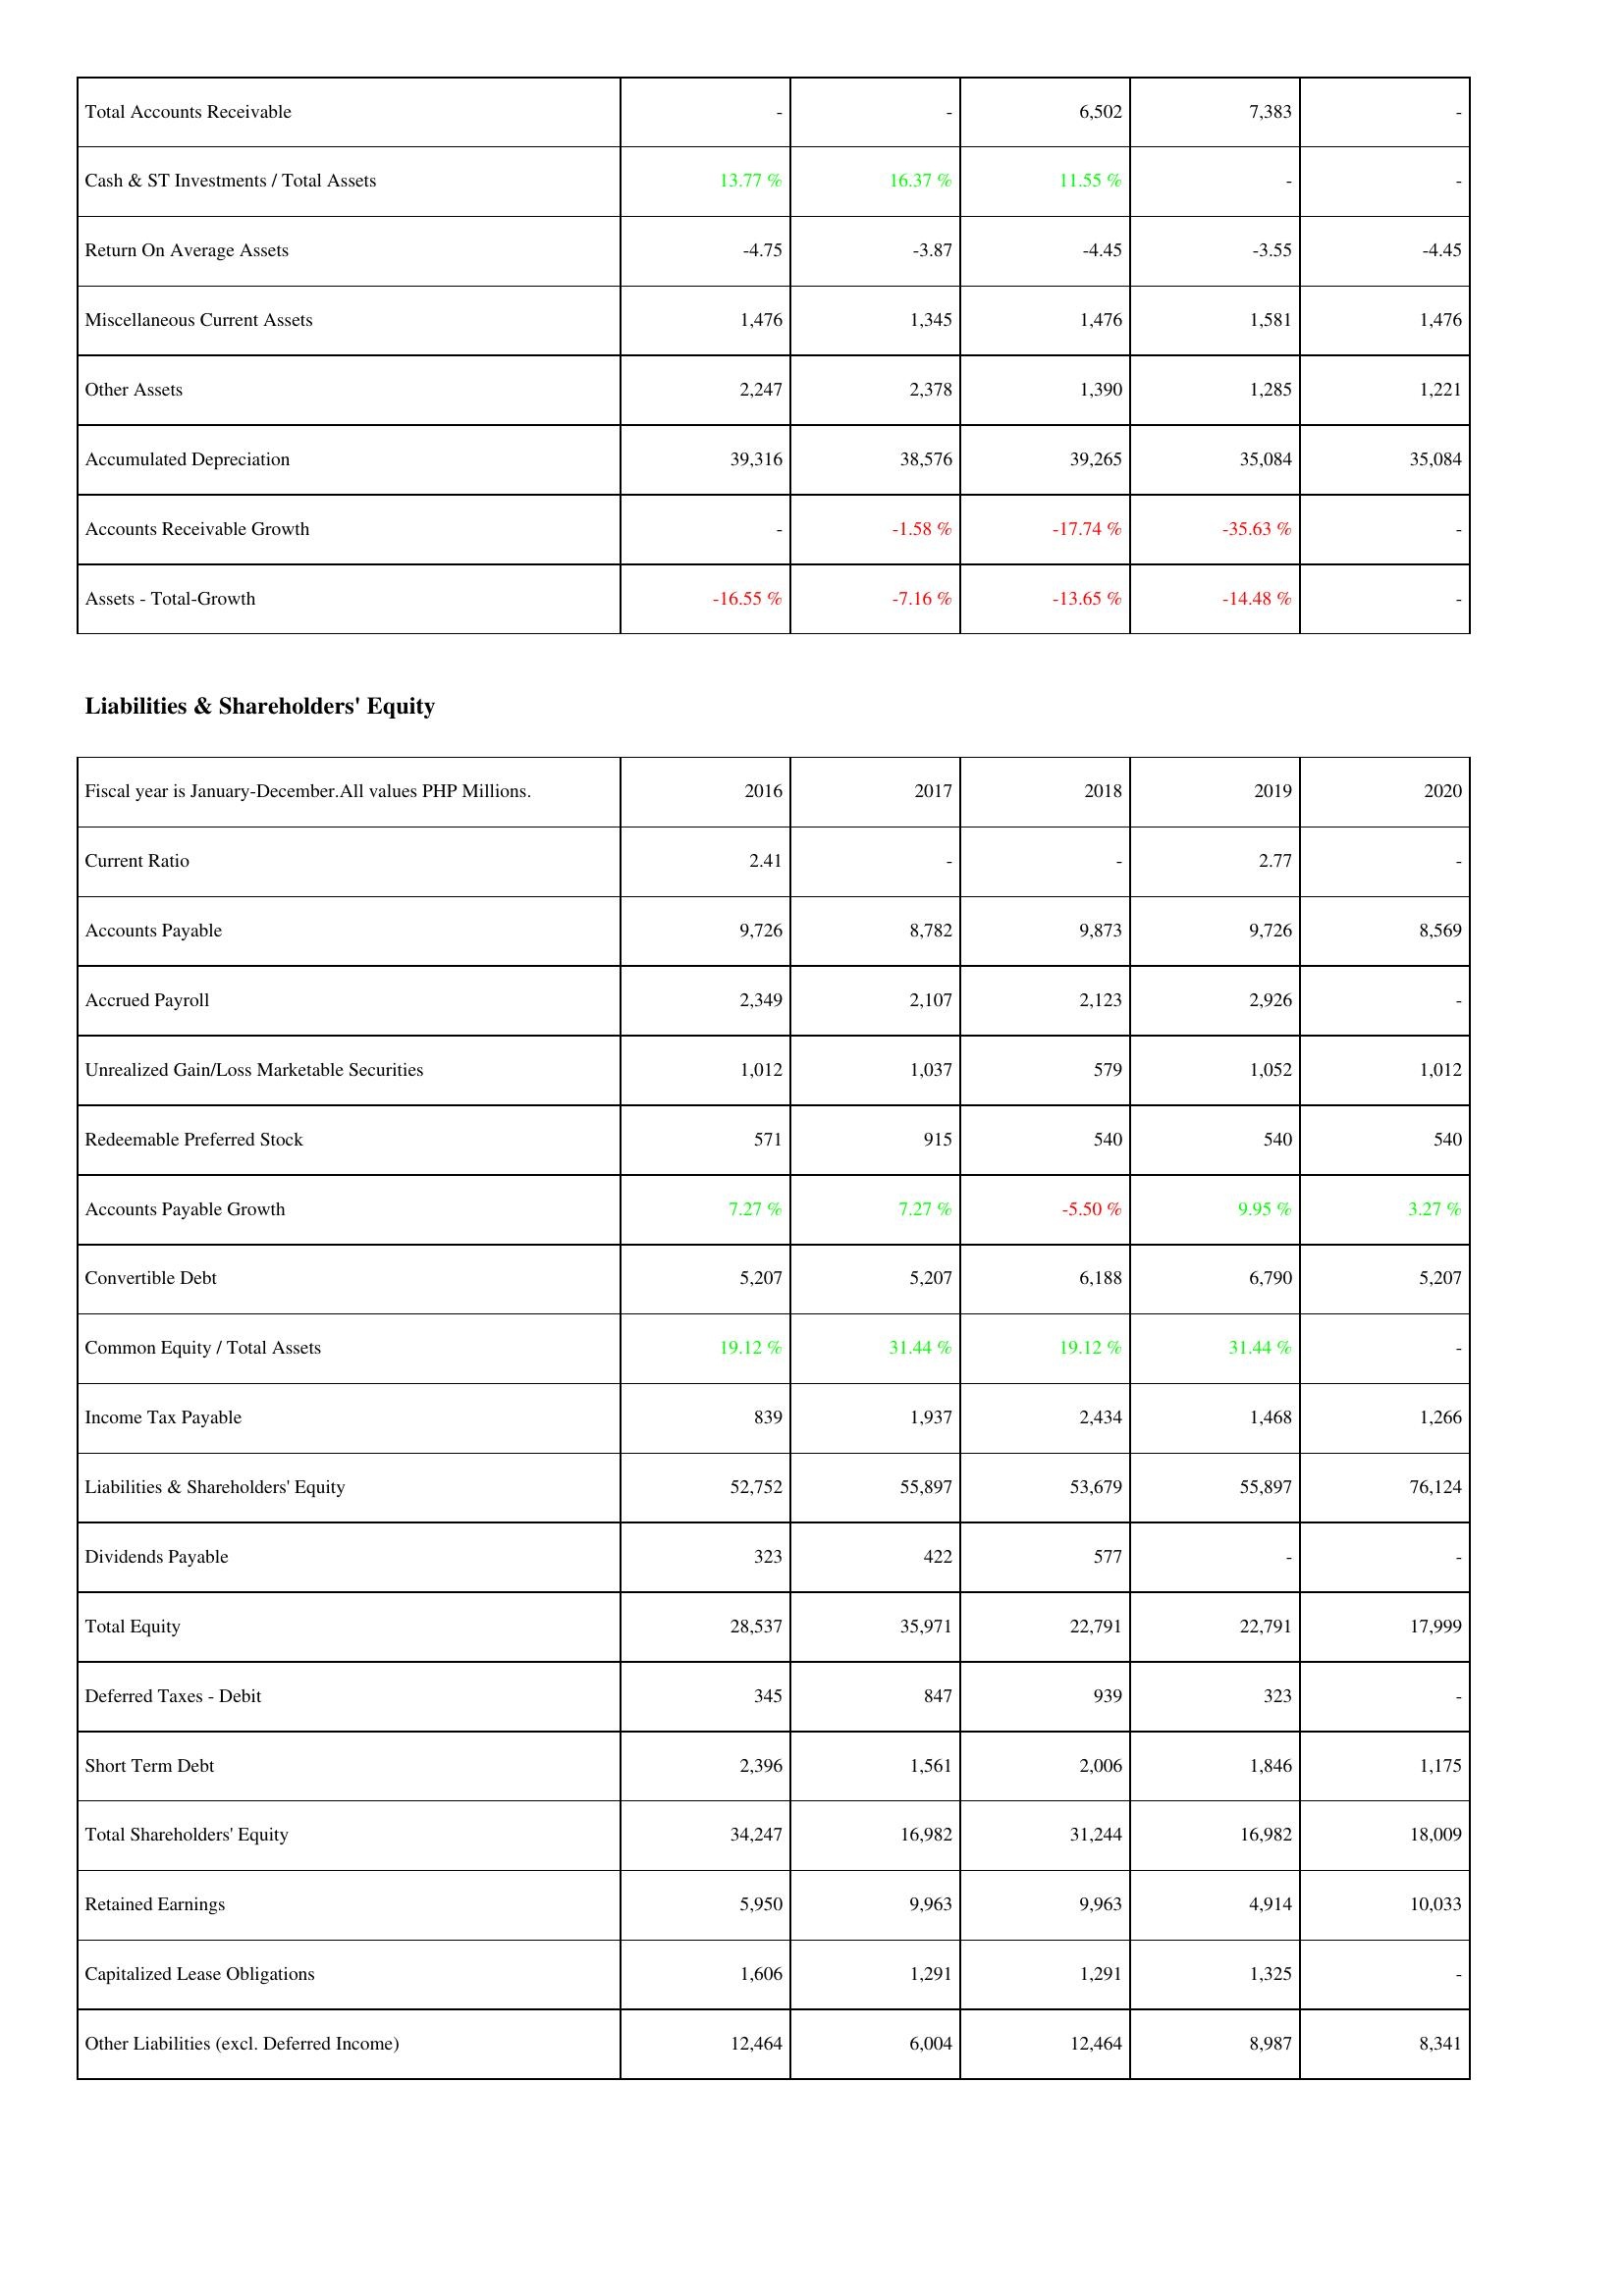
2016: Assets: Total Accounts Receivable: -
Cash & ST Investments / Total Assets: 13.77 %
Return On Average Assets: -4.75
Miscellaneous Current Assets: 1,476
Other Assets: 2,247
Accumulated Depreciation: 39,316
Accounts Receivable Growth: -
Assets - Total-Growth: -16.55 %
Liabilities & Shareholders' Equity: Current Ratio: 2.41
Accounts Payable: 9,726
Accrued Payroll: 2,349
Unrealized Gain/Loss Marketable Securities: 1,012
Redeemable Preferred Stock: 571
Accounts Payable Growth: 7.27 %
Convertible Debt: 5,207
Common Equity / Total Assets: 19.12 %
Income Tax Payable: 839
Liabilities & Shareholders' Equity: 52,752
Dividends Payable: 323
Total Equity: 28,537
Deferred Taxes - Debit: 345
Short Term Debt: 2,396
Total Shareholders' Equity: 34,247
Retained Earnings: 5,950
Capitalized Lease Obligations: 1,606
Other Liabilities (excl. Deferred Income): 12,464
2017: Assets: Total Accounts Receivable: -
Cash & ST Investments / Total Assets: 16.37 %
Return On Average Assets: -3.87
Miscellaneous Current Assets: 1,345
Other Assets: 2,378
Accumulated Depreciation: 38,576
Accounts Receivable Growth: -1.58 %
Assets - Total-Growth: -7.16 %
Liabilities & Shareholders' Equity: Current Ratio: -
Accounts Payable: 8,782
Accrued Payroll: 2,107
Unrealized Gain/Loss Marketable Securities: 1,037
Redeemable Preferred Stock: 915
Accounts Payable Growth: 7.27 %
Convertible Debt: 5,207
Common Equity / Total Assets: 31.44 %
Income Tax Payable: 1,937
Liabilities & Shareholders' Equity: 55,897
Dividends Payable: 422
Total Equity: 35,971
Deferred Taxes - Debit: 847
Short Term Debt: 1,561
Total Shareholders' Equity: 16,982
Retained Earnings: 9,963
Capitalized Lease Obligations: 1,291
Other Liabilities (excl. Deferred Income): 6,004
2018: Assets: Total Accounts Receivable: 6,502
Cash & ST Investments / Total Assets: 11.55 %
Return On Average Assets: -4.45
Miscellaneous Current Assets: 1,476
Other Assets: 1,390
Accumulated Depreciation: 39,265
Accounts Receivable Growth: -17.74 %
Assets - Total-Growth: -13.65 %
Liabilities & Shareholders' Equity: Current Ratio: -
Accounts Payable: 9,873
Accrued Payroll: 2,123
Unrealized Gain/Loss Marketable Securities: 579
Redeemable Preferred Stock: 540
Accounts Payable Growth: -5.50 %
Convertible Debt: 6,188
Common Equity / Total Assets: 19.12 %
Income Tax Payable: 2,434
Liabilities & Shareholders' Equity: 53,679
Dividends Payable: 577
Total Equity: 22,791
Deferred Taxes - Debit: 939
Short Term Debt: 2,006
Total Shareholders' Equity: 31,244
Retained Earnings: 9,963
Capitalized Lease Obligations: 1,291
Other Liabilities (excl. Deferred Income): 12,464
2019: Assets: Total Accounts Receivable: 7,383
Cash & ST Investments / Total Assets: -
Return On Average Assets: -3.55
Miscellaneous Current Assets: 1,581
Other Assets: 1,285
Accumulated Depreciation: 35,084
Accounts Receivable Growth: -35.63 %
Assets - Total-Growth: -14.48 %
Liabilities & Shareholders' Equity: Current Ratio: 2.77
Accounts Payable: 9,726
Accrued Payroll: 2,926
Unrealized Gain/Loss Marketable Securities: 1,052
Redeemable Preferred Stock: 540
Accounts Payable Growth: 9.95 %
Convertible Debt: 6,790
Common Equity / Total Assets: 31.44 %
Income Tax Payable: 1,468
Liabilities & Shareholders' Equity: 55,897
Dividends Payable: -
Total Equity: 22,791
Deferred Taxes - Debit: 323
Short Term Debt: 1,846
Total Shareholders' Equity: 16,982
Retained Earnings: 4,914
Capitalized Lease Obligations: 1,325
Other Liabilities (excl. Deferred Income): 8,987
2020: Assets: Total Accounts Receivable: -
Cash & ST Investments / Total Assets: -
Return On Average Assets: -4.45
Miscellaneous Current Assets: 1,476
Other Assets: 1,221
Accumulated Depreciation: 35,084
Accounts Receivable Growth: -
Assets - Total-Growth: -
Liabilities & Shareholders' Equity: Current Ratio: -
Accounts Payable: 8,569
Accrued Payroll: -
Unrealized Gain/Loss Marketable Securities: 1,012
Redeemable Preferred Stock: 540
Accounts Payable Growth: 3.27 %
Convertible Debt: 5,207
Common Equity / Total Assets: -
Income Tax Payable: 1,266
Liabilities & Shareholders' Equity: 76,124
Dividends Payable: -
Total Equity: 17,999
Deferred Taxes - Debit: -
Short Term Debt: 1,175
Total Shareholders' Equity: 18,009
Retained Earnings: 10,033
Capitalized Lease Obligations: -
Other Liabilities (excl. Deferred Income): 8,341